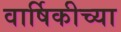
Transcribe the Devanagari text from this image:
वार्षिकीच्या